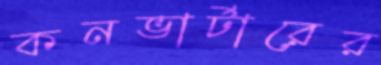
কনভার্টারের